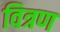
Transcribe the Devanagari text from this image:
वित्रण